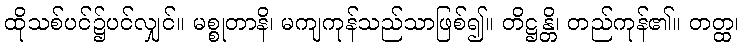
ထိုသစ်ပင်၌ပင်လျှင်။ မစ္စုတာနိ၊ မကျကုန်သည်သာဖြစ်၍။ တိဋ္ဌန္တိ၊ တည်ကုန်၏။ တတ္ထ၊